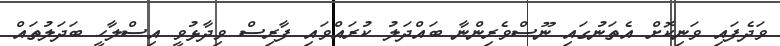
ވަދެފައި ވަނިކޮށް އެތަނުގައި ނޫސްވެރިންނާ ބައްދަލު ކުރައްވައި ފާރިސް ވިދާޅުވީ އިސްލާހީ ބަދަލުތައް